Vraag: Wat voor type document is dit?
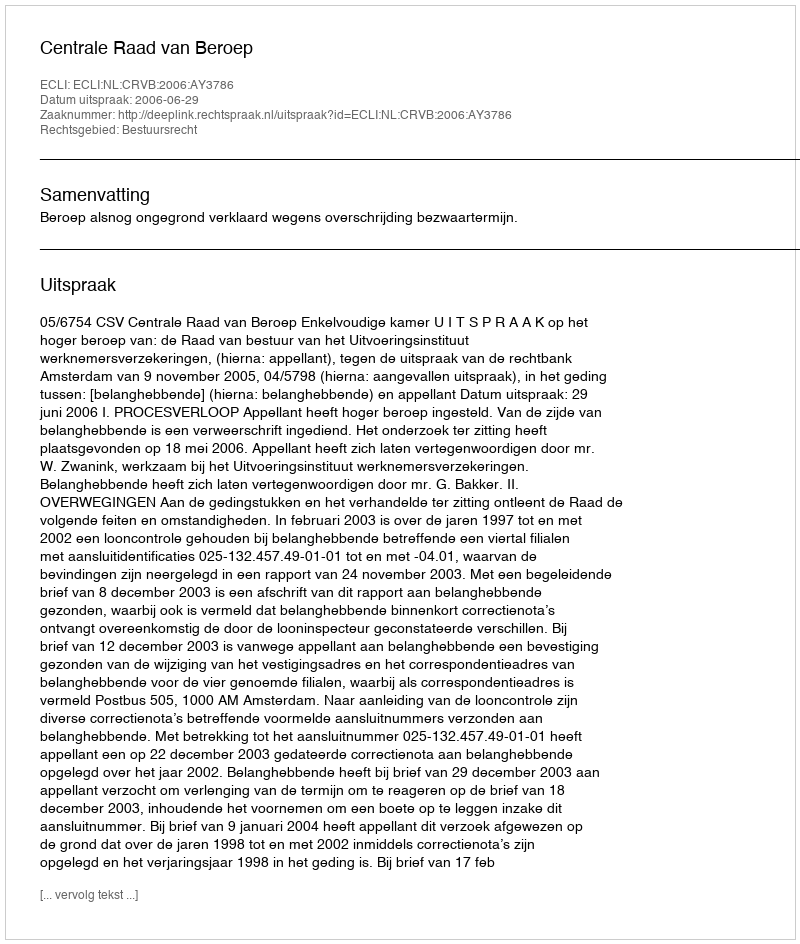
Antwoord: Uitspraak